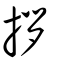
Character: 拶